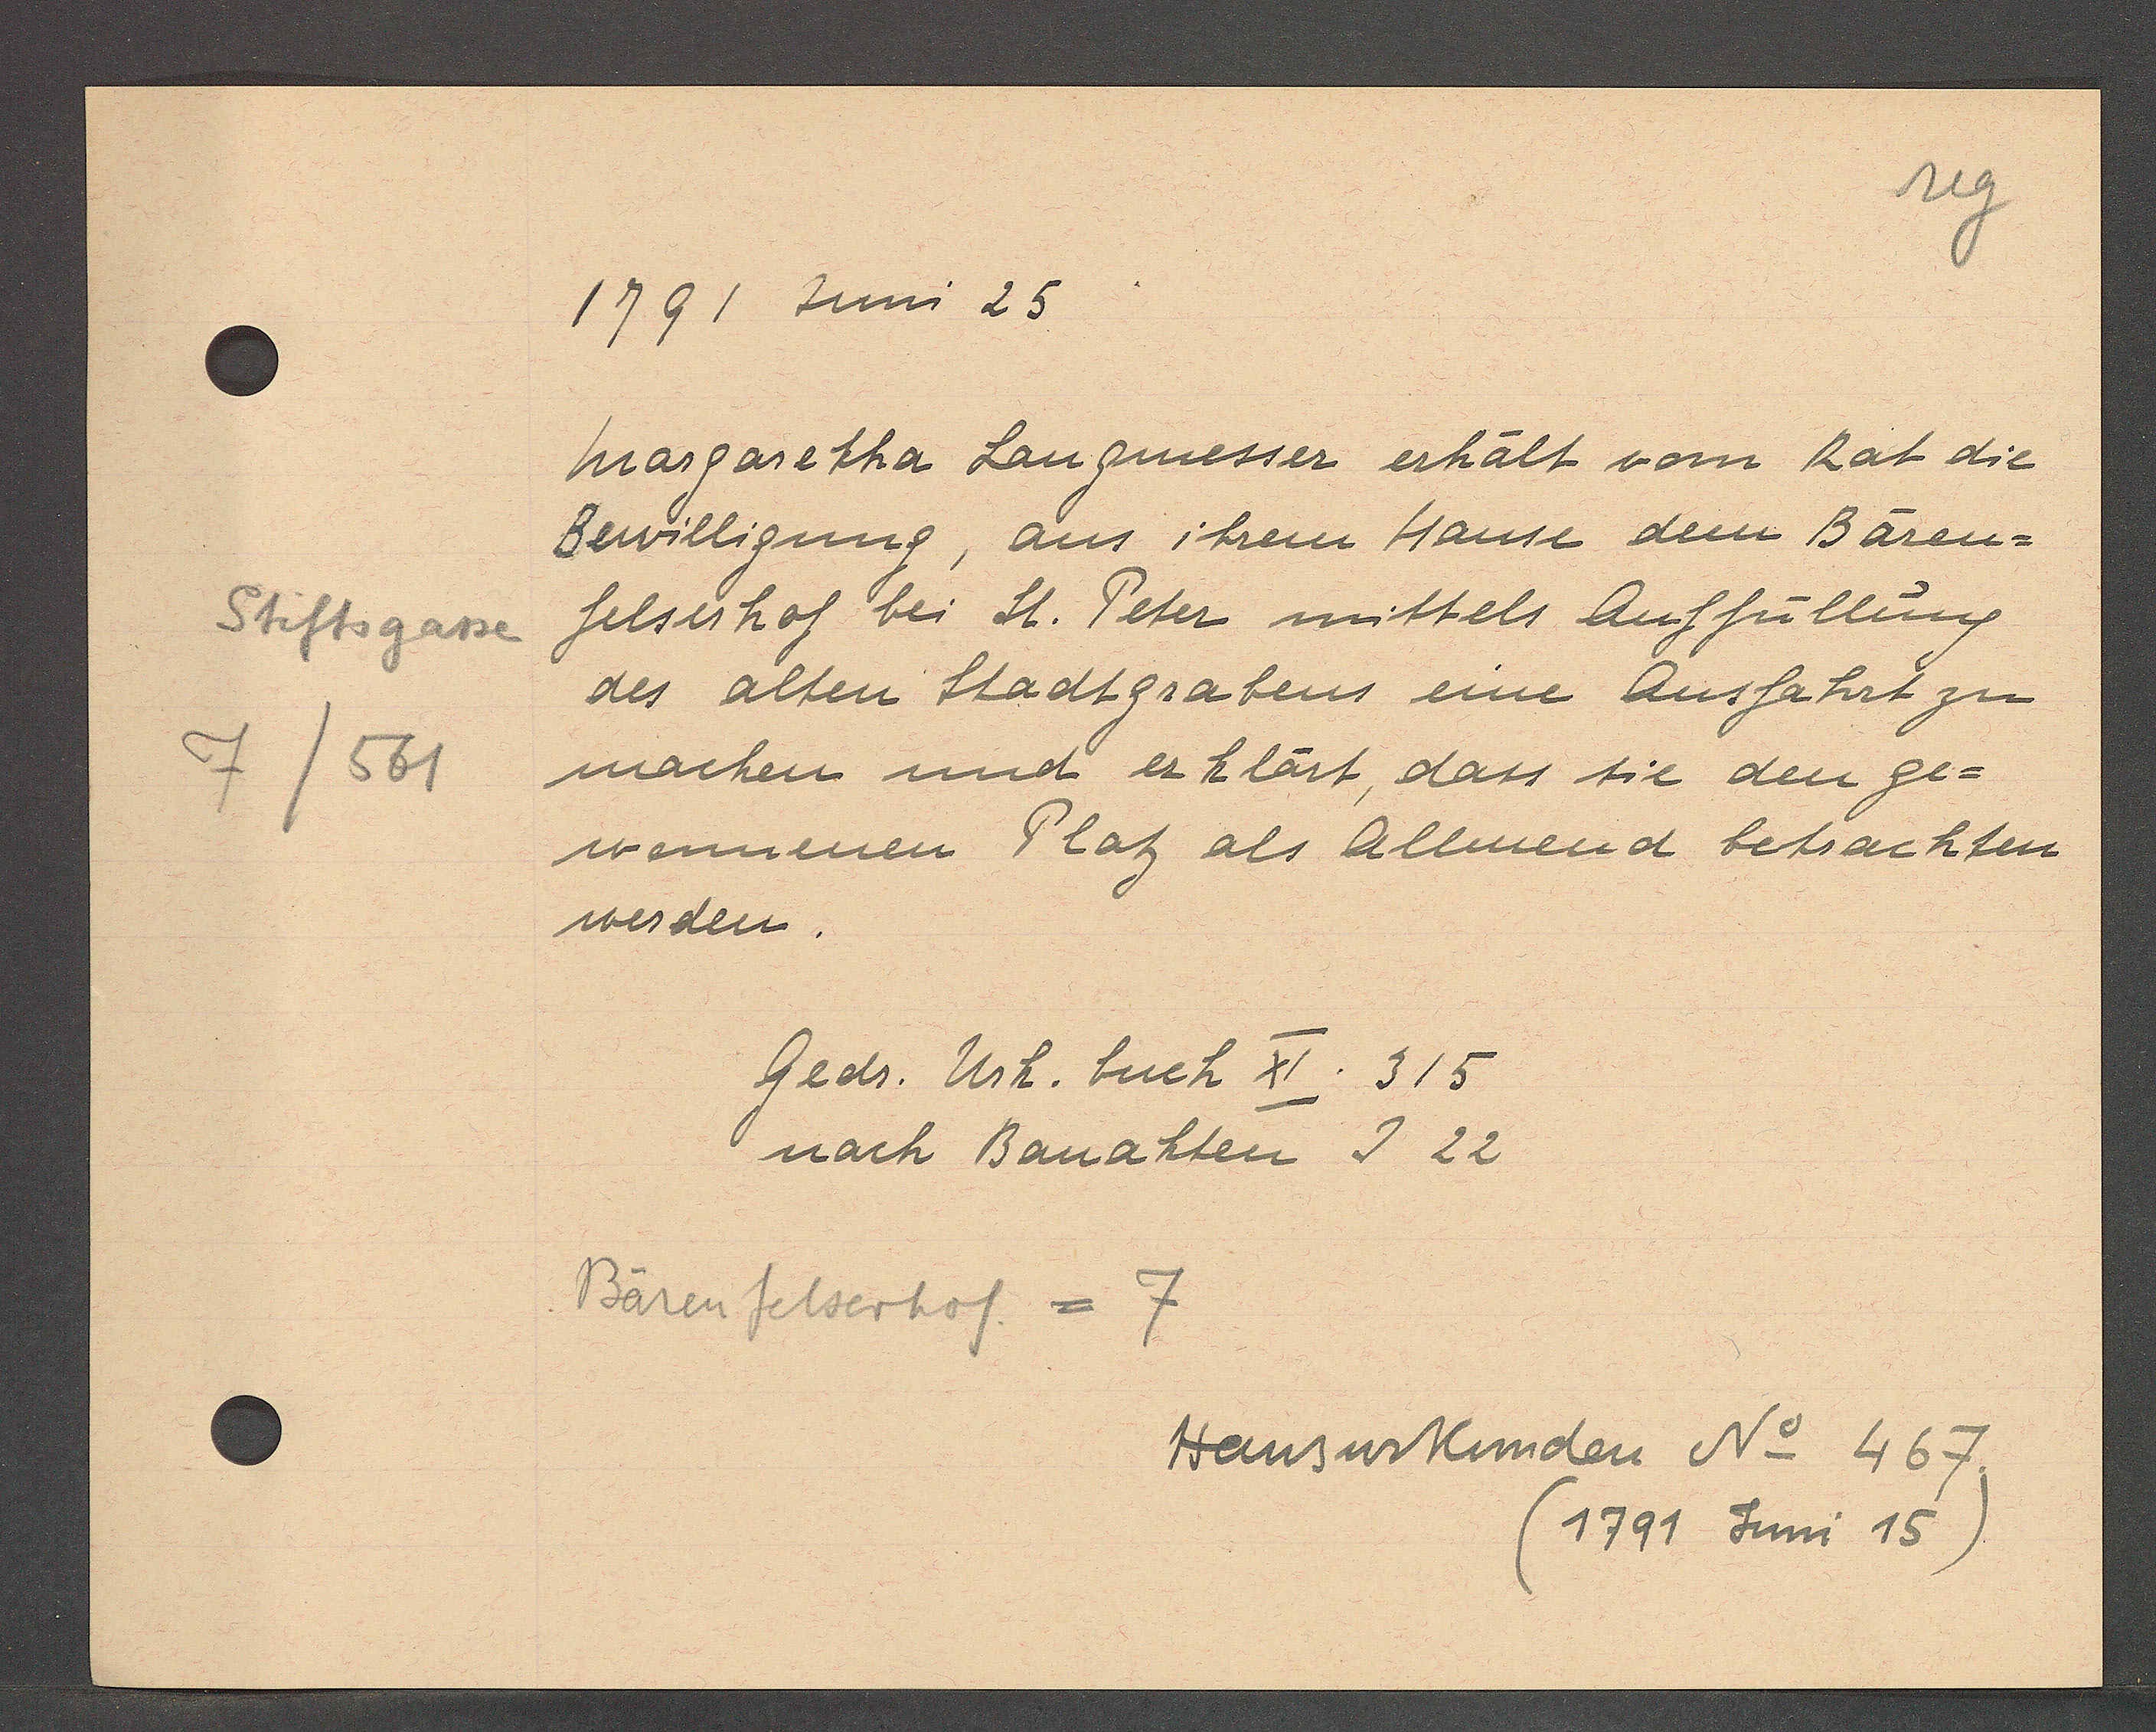
Transcript:
Stiftsgasse
7/561

1791 Juni 25

margaretha Langmesser erhält vom Rat die
Bewilligung, aus ihrem Hause dem Bären¬
felserhof bei St. Peter mittels Auffüllung
des alten Stadtgrabens eine Ausfahrt zu
machen und erklärt, dass sie den ge¬
wennenen Plaz als Allmend betrachten
werden.

Gedr. Urk. buch XI. 315
nach Bauakten I 22

Bärenfelserhof = 7

Hausurkunden No 467.
(1791 Juni 15)